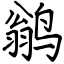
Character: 鹟